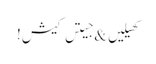
کھیلیں & جیتں کیش!